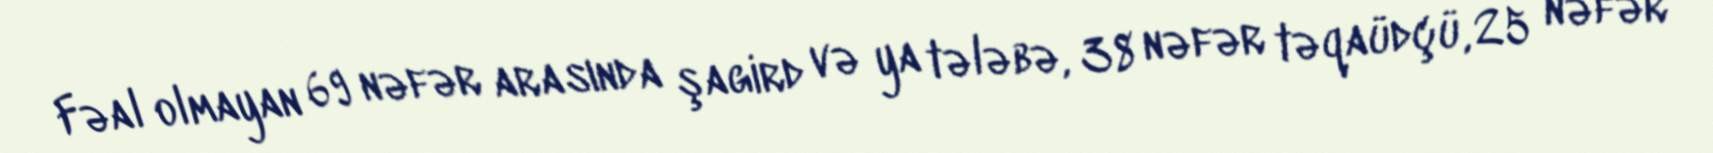
Fəal olmayan 69 nəfər arasında şagird və ya tələbə, 38 nəfər təqaüdçü, 25 nəfər